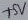
Text: +5V